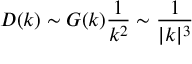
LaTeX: D ( k ) \sim G ( k ) { \frac { 1 } { k ^ { 2 } } } \sim { \frac { 1 } { | k | ^ { 3 } } }